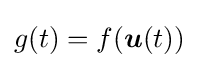
g(t)=f({\boldsymbol {u}}(t))